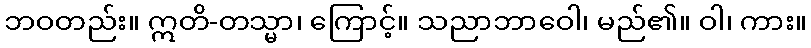
ဘဝတည်း။ ဣတိ-တသ္မာ၊ ကြောင့်။ သညာဘာဝေါ၊ မည်၏။ ဝါ၊ ကား။